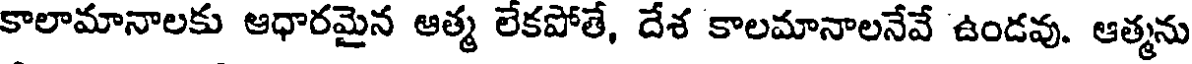
కాలామానాలకు ఆధారమైన ఆత్మ లేకపోతే, దేశ కాలమానాలనేవే ఉండవు. ఆత్మను